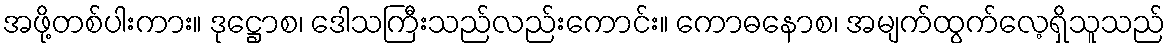
အဖို့တစ်ပါးကား။ ဒုဋ္ဌောစ၊ ဒေါသကြီးသည်လည်းကောင်း။ ကောဓနောစ၊ အမျက်ထွက်လေ့ရှိသူသည်